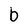
Character: b